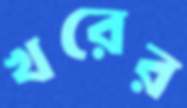
খরের